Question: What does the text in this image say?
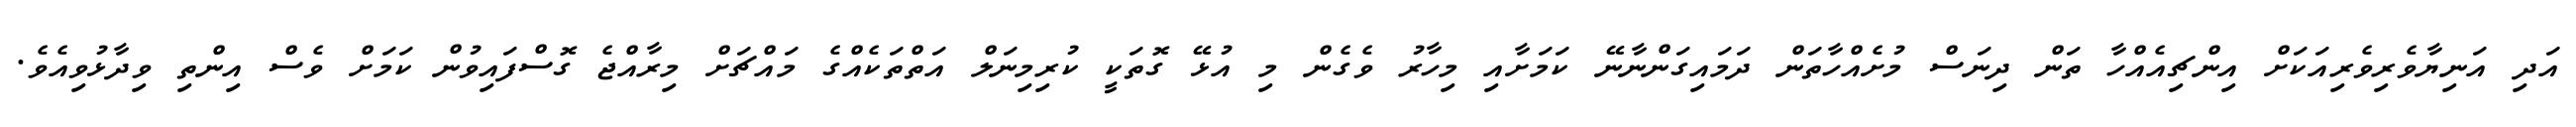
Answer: އަދި އަނިޔާވެރިވެރިއަކަށް އިންޗިއެއްހާ ތަން ދިނަސް މުށެއްހާތަން ދަމައިގަންނާނޭ ކަމަށާއި މިހާރު ވެގެން މި އުޅޭ ގޮތަކީ ކުރިމިނަލް އަތްތަކެއްގެ މައްޗަށް މިރާއްޖެ ގޮސްފައިވުން ކަމަށް ވެސް އިންތި ވިދާޅުވިއެވެ.